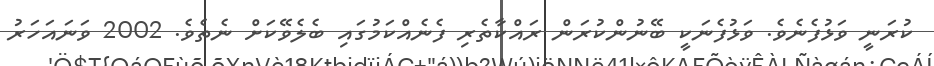
ކުރަނީ ވަޅުފެނެވެ. ވަޅުފެނަކީ ބޭނުންކުރަން ރައްކާތެރި ފެނެއްކަމުގައި ބެލެވޭކަށް ނެތެވެ. 2002 ވަނައަހަރު